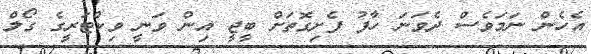
އެހެން ނަމަވެސް ދެވަނަ ހާފު ފެށިގޮތަށް ބީޖީ އިން ވަނީ ވިކްޓަރީގެ ގޯލް